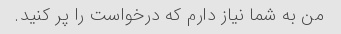
من به شما نیاز دارم که درخواست را پر کنید.